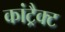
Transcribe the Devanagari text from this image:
कांट्रैक्ट